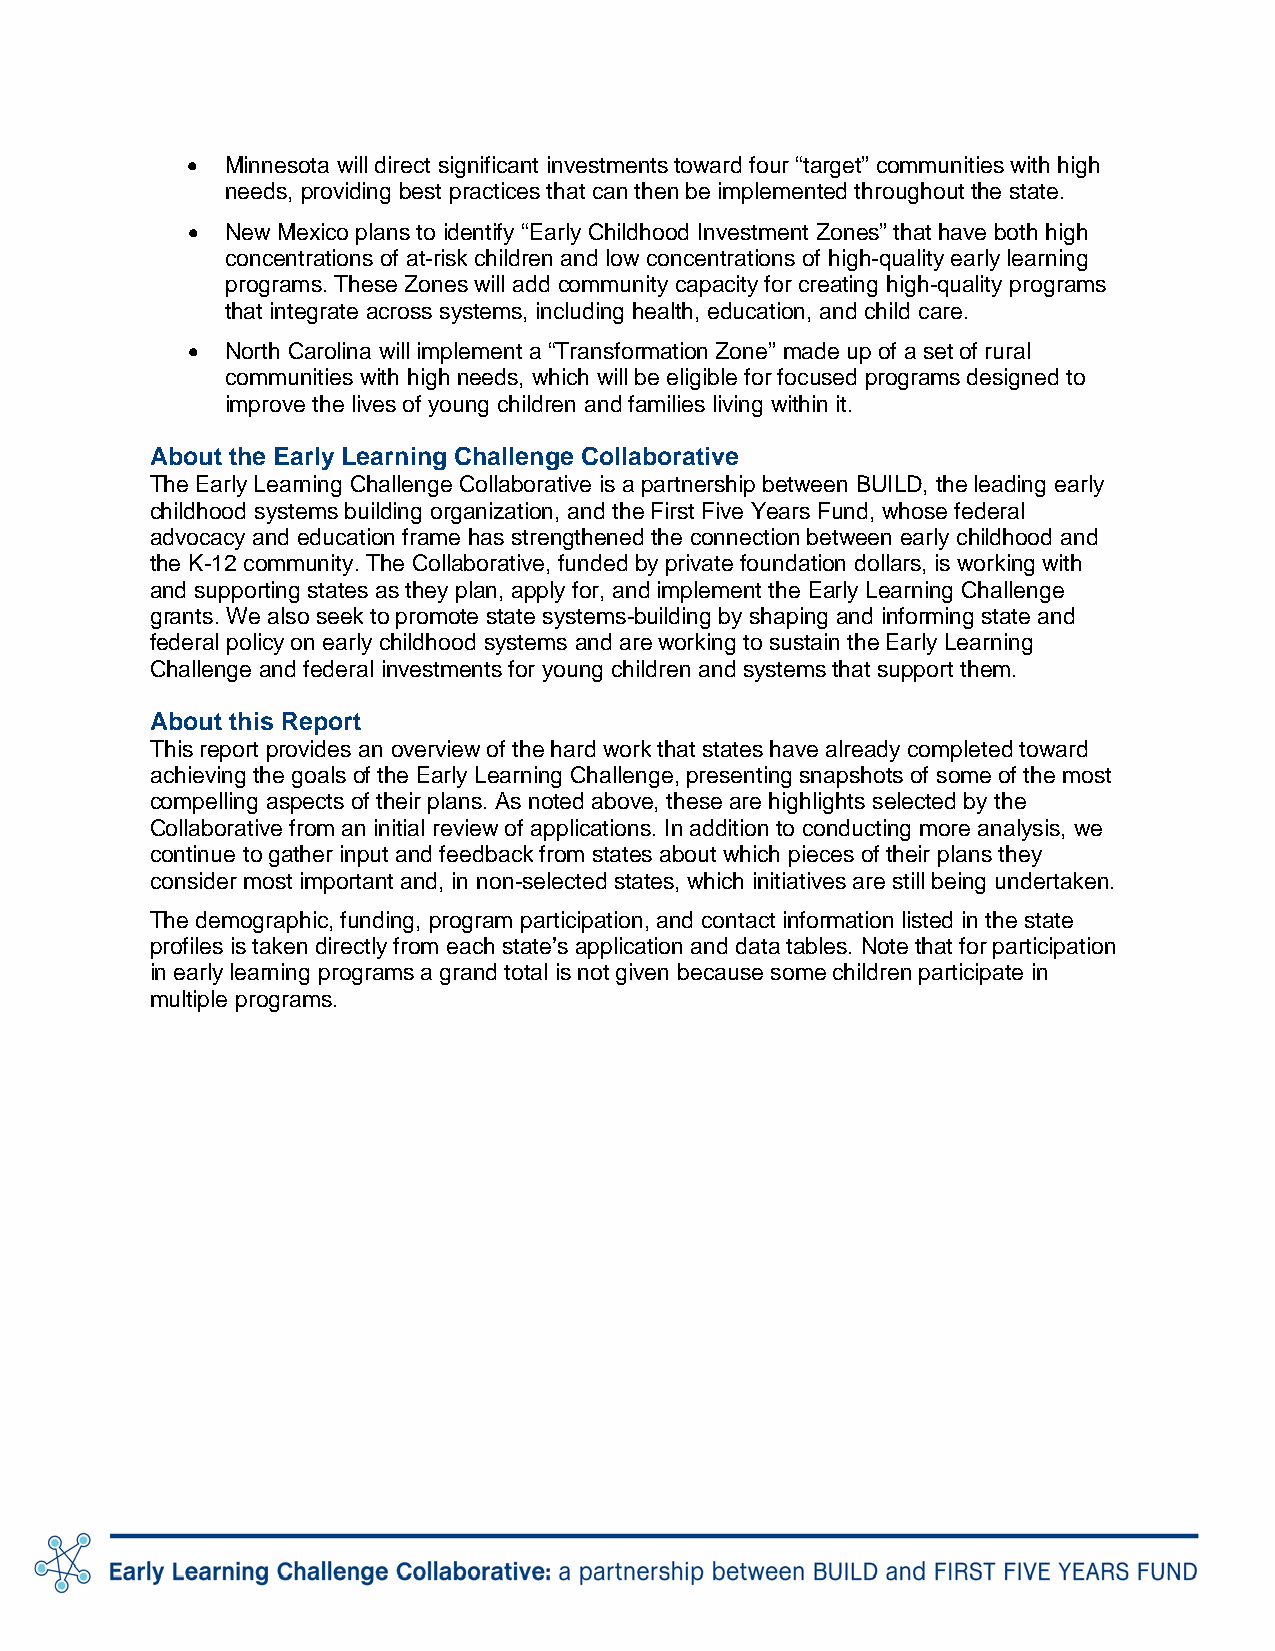
•  Minnesota will direct significant investments toward four “target” communities with high
 needs, providing best practices that can then be implemented throughout the state.
 •  New Mexico plans to identify “Early Childhood Investment Zones” that have both high
 concentrations of at-risk children and low concentrations of high-quality early learning
 programs. These Zones will add community capacity for creating high-quality programs
 that integrate across systems, including health, education, and child care.
 •  North Carolina will implement a “Transformation Zone” made up of a set of rural
 communities with high needs, which will be eligible for focused programs designed to
 improve the lives of young children and families living within it.
 About the Early Learning Challenge Collaborative
 The Early Learning Challenge Collaborative is a partnership between BUILD, the leading early
 childhood systems building organization, and the First Five Years Fund, whose federal
 advocacy and education frame has strengthened the connection between early childhood and
 the K-12 community. The Collaborative, funded by private foundation dollars, is working with
 and supporting states as they plan, apply for, and implement the Early Learning Challenge
 grants. We also seek to promote state systems-building by shaping and informing state and
 federal policy on early childhood systems and are working to sustain the Early Learning
 Challenge and federal investments for young children and systems that support them.
 About this Report
 This report provides an overview of the hard work that states have already completed toward
 achieving the goals of the Early Learning Challenge, presenting snapshots of some of the most
 compelling aspects of their plans. As noted above, these are highlights selected by the
 Collaborative from an initial review of applications. In addition to conducting more analysis, we
 continue to gather input and feedback from states about which pieces of their plans they
 consider most important and, in non-selected states, which initiatives are still being undertaken.
 The demographic, funding, program participation, and contact information listed in the state
 profiles is taken directly from each state’s application and data tables. Note that for participation
 in early learning programs a grand total is not given because some children participate in
 multiple programs.